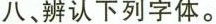
八、辨认下列字体。